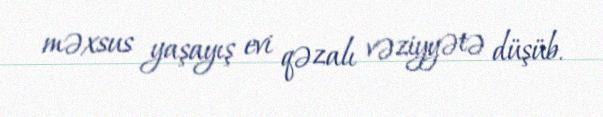
məxsus yaşayış evi qəzalı vəziyyətə düşüb.